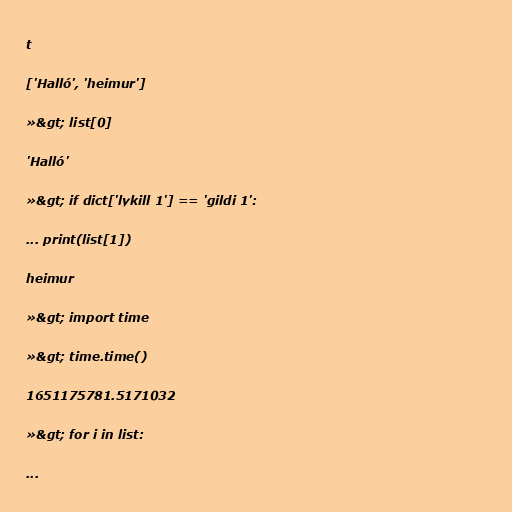
t

['Halló', 'heimur']

»&gt; list[0]

'Halló'

»&gt; if dict['lykill 1'] == 'gildi 1':

... print(list[1])

heimur

»&gt; import time

»&gt; time.time()

1651175781.5171032

»&gt; for i in list:

...